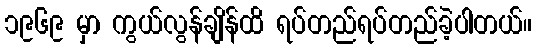
၁၉၆၉ မှာ ကွယ်လွန်ချိန်ထိ ရပ်တည်ရပ်တည်ခဲ့ပါတယ်။